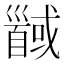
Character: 𱄍